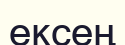
ексең